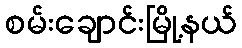
စမ်းချောင်းမြို့နယ်